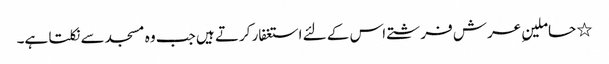
٭ حاملینِ عرش فرشتے اس کے لئے استغفار کرتے ہیں جب وہ مسجد سے نکلتا ہے۔